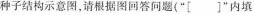
种子结构示意图，请根据图回答问题(”[